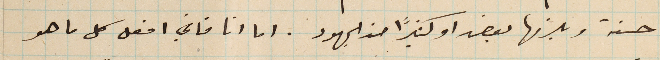
حسنة ويلزمها بعض او كثيرًا من الجهود. اما انا فاني افعل كل ما هو